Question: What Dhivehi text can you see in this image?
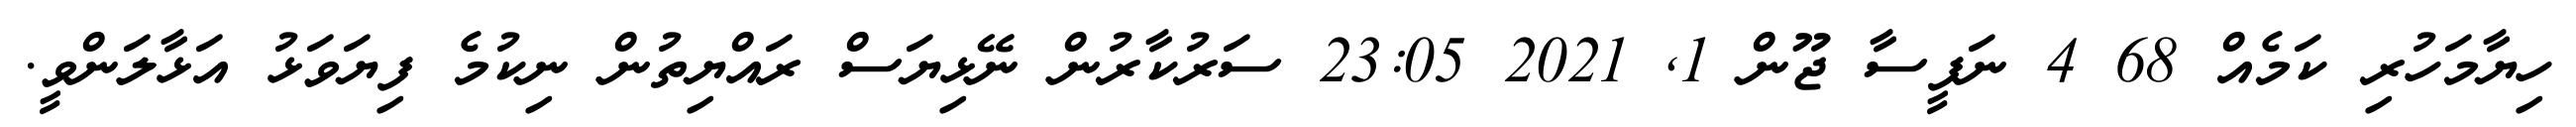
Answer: ހިޔާމަހުރި ކަމެއް 68 4 ނަފީސާ ޖޫން 1, 2021 23:05 ސަރުކާރުން ނޭޅިޔަސް ރައްޔިތުން ނިކުމެ ފިޔަވަޅު އަޅާލަންވީ.